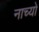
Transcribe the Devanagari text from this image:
नाच्यो